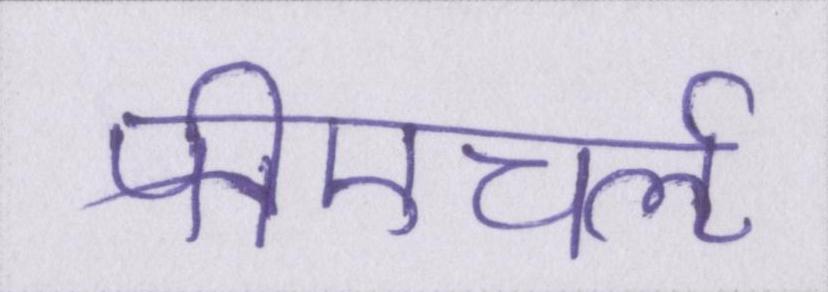
पीएचर्ऌ